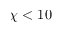
\chi < 1 0